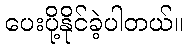
ပေးပို့နိုင်ခဲ့ပါတယ်။